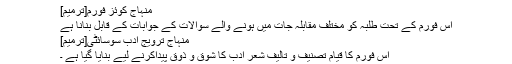
منہاج کوئز فورم[ترمیم]
اس فورم کے تحت طلبہ کو مختلف مقابلہ جات میں ہونے والے سوالات کے جوابات کے قابل بنانا ہے
منہاج ترویج ادب سوسائٹی[ترمیم]
اس فورم کا قیام تصنیف و تالیف شعر ادب کا شوق و ذوق پیداکرنے لیے بنایا گیا ہے ۔